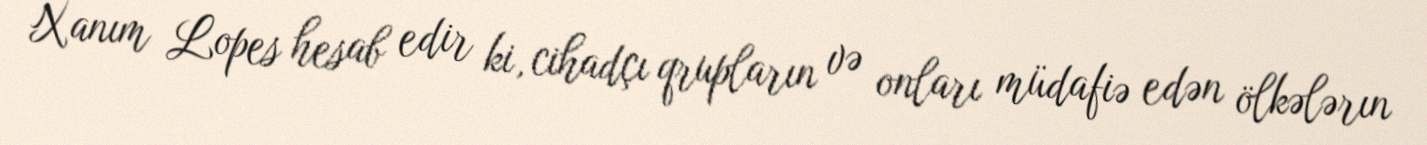
Xanım Lopes hesab edir ki, cihadçı qrupların və onları müdafiə edən ölkələrın